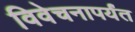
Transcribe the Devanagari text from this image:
विवेचनापर्यंत